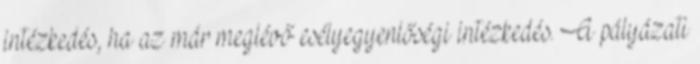
intézkedés, ha az már meglévő esélyegyenlőségi intézkedés. A pályázati